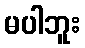
မပါဘူး